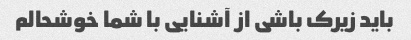
باید زیرک باشی از آشنایی با شما خوشحالم